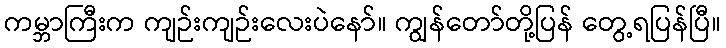
ကမ္ဘာကြီးက ကျဉ်းကျဉ်းလေးပဲနော်။ ကျွန်တော်တို့ပြန် တွေ့ရပြန်ပြီ။